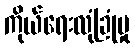
ကိုယ်ရေးလုံခြုံမှု